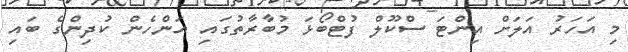
މި އަހަރު އަލަށް އިންޓަ ސްކޫލް ފުޓްބޯޅަ މުބާރާތުގައި އަންހެން ކުދިންގެ ބައި